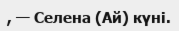
, — Селена (Ай) күні.